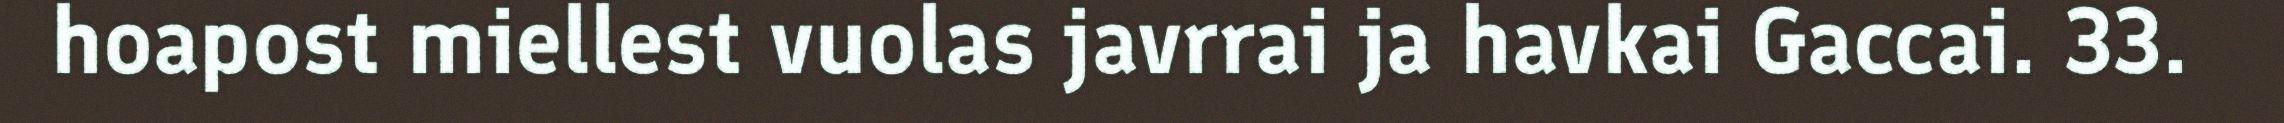
hoapost miellest vuolas javrrai ja havkai Gaccai. 33.